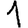
Digit: 1